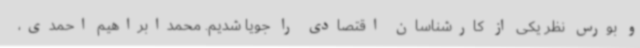
و بورس نظر یکی از کارشناسان اقتصادی را جویا شدیم. محمدابراهیم احمدی،